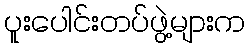
ပူးပေါင်းတပ်ဖွဲ့များက